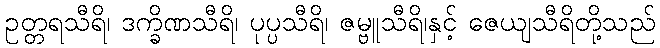
ဥတ္တရသီရိ၊ ဒက္ခိဏသီရိ၊ ပုပ္ပသီရိ၊ ဇမ္ဗူသီရိ၊နှင့် ဇေယျသီရိတို့သည်